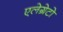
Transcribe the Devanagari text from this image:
एलेग्रेटो